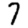
Digit: 7